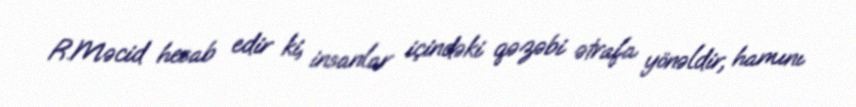
R.Məcid hesab edir ki, insanlar içindəki qəzəbi ətrafa yönəldir, hamını